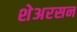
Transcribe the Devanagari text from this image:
शेअरसन